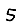
Digit: 5